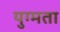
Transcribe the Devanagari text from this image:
युग्मता